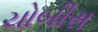
ચોબીસ